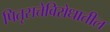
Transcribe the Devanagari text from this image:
पितृसत्तेविरोधातील